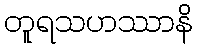
တူရသဟဿာနိ